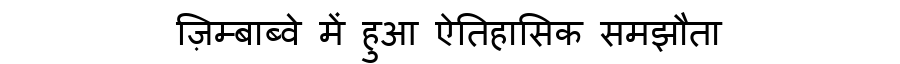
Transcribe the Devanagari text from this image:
ज़िम्बाब्वे में हुआ ऐतिहासिक समझौता